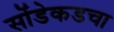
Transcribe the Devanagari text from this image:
सोंडेकडचा